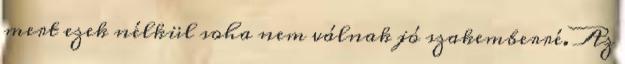
mert ezek nélkül soha nem válnak jó szakemberré. Az